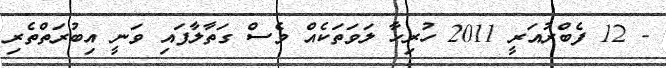
- 12 ފެބްރުއަރީ 2011 ހުރިހާ ލަވަތަކެއް ވެސް ގަތާލާފައި ވަނީ އިބުރަތްތެރި